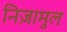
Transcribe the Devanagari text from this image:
निज़ामुल